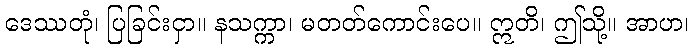
ဒေဿတုံ၊ ပြခြင်းငှာ။ နသက္ကာ၊ မတတ်ကောင်းပေ။ ဣတိ၊ ဤသို့။ အာဟ၊